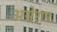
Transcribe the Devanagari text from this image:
अग्नेरापः